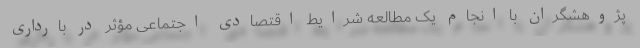
پژوهشگران با انجام یک مطالعه شرایط اقتصادی اجتماعی مؤثر در بارداری